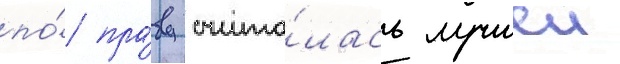
по́ пра́ву счита́лась лучшеи